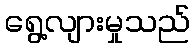
ရွေ့လျားမှုသည်